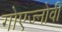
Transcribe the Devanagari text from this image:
गोएज्नोवी